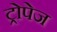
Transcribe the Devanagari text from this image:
ट्रोपेज